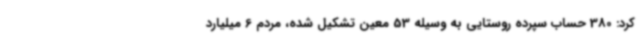
کرد: 380 حساب سپرده روستایی به وسیله 53 معین تشکیل شده، مردم 6 میلیارد